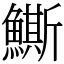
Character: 䲉